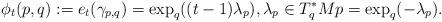
LaTeX: \begin{align*} \phi_t(p,q):=e_t(\gamma_{p,q})=\exp_q((t-1)\lambda_p), \lambda_p \in T^*_q M p=\exp_q(-\lambda_p).\end{align*}